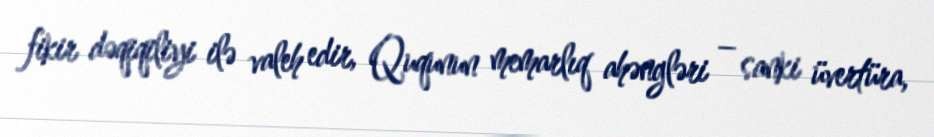
fikir dəqiqiliyi ilə valeh edir, Ququnun memarlıq ahəngləri – sanki üvertüra,